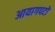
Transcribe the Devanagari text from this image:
आयागपटों